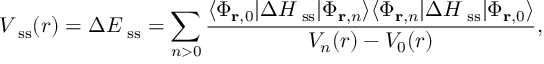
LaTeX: V _ { \mathrm { \scriptsize ~ s s } } ( r ) = \Delta E _ { \mathrm { \scriptsize ~ s s } } = \sum _ { n > 0 } \frac { \langle \Phi _ { { \mathbf r } , 0 } | \Delta H _ { \mathrm { \scriptsize ~ s s } } | \Phi _ { { \mathbf r } , n } \rangle \langle \Phi _ { { \mathbf r } , n } | \Delta H _ { \mathrm { \scriptsize ~ s s } } | \Phi _ { { \mathbf r } , 0 } \rangle } { V _ { n } ( r ) - V _ { 0 } ( r ) } ,